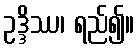
ဥဒ္ဒိဿ၊ ရည်၍။